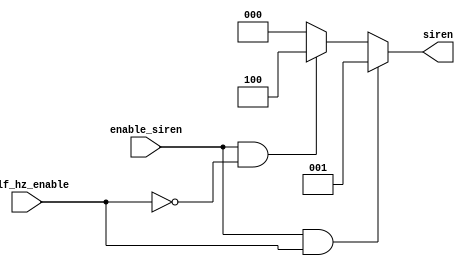
//------------------------------------------------------------
//
//
//                  SIREN GENERATOR DRIVER
//
//      github: @santosantonio1, @NathanCidal
//      version: 26/06/2024
//
//------------------------------------------------------------
module siren_generator(
    input enable_siren, half_hz_enable,
    output[2:0] siren
);

// Blue/Red/OFF
assign siren = (enable_siren && half_hz_enable) ? 3'b001 :
               (enable_siren && !half_hz_enable) ? 3'b100 : 0;

endmodule